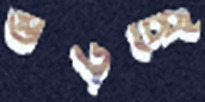
গুঁড়চ্ছি